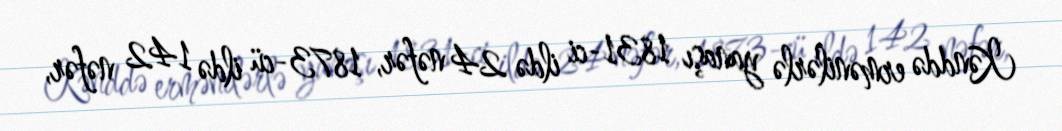
Kənddə ermənilərlə yanaşı 1831-ci ildə 24 nəfər, 1873-cü ildə 142 nəfər,